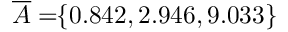
\! \! \! \! \! \! \! \; \; \; \; \overline { { A } } = \! \! \{ 0 . 8 4 2 , 2 . 9 4 6 , 9 . 0 3 3 \} \! \! \!